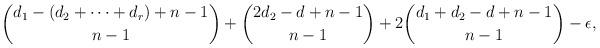
LaTeX: \begin{align*}\binom{d_1 - (d_2 + \cdots + d_r) + n-1}{n-1} + \binom{2 d_2 - d + n-1}{n-1} + 2 \binom{d_1 + d_2 - d+ n-1}{n-1}-\epsilon, \end{align*}